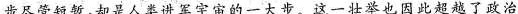
步尽管短暂，却是人类进军宇宙的一大步，这一壮也因此超越了政治，